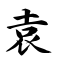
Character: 袁